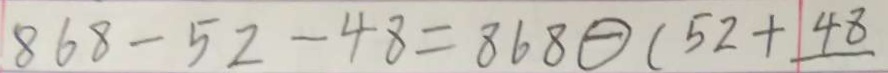
8 6 8 - 5 2 - 4 8 = 8 6 8 - ( 5 2 + 4 8